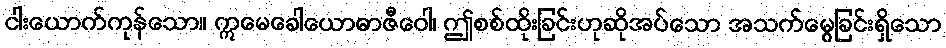
ငါးယောက်ကုန်သော။ ဣမေခေါယောဓာဇီဝေါ၊ ဤစစ်ထိုးခြင်းဟုဆိုအပ်သော အသက်မွေခြင်းရှိသော